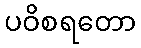
ပဝိစရတော